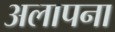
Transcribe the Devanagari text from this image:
अलापना